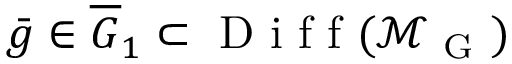
\bar { g } \in \overline { { G } } _ { 1 } \subset \mathrm { ~ D ~ i ~ f ~ f ~ } ( \mathcal { M } _ { \mathrm { ~ G ~ } } )